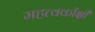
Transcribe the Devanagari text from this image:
महत्वकाँक्षी